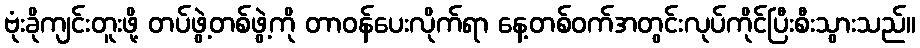
ဗုံးခိုကျင်းတူးဖို့ တပ်ဖွဲ့တစ်ဖွဲ့ကို တာဝန်ပေးလိုက်ရာ နေ့တစ်ဝက်အတွင်းလုပ်ကိုင်ပြီးစီးသွားသည်။